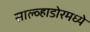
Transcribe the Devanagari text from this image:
साल्व्हाडोरमध्ये